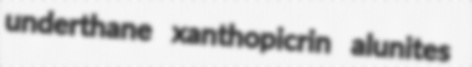
underthane xanthopicrin alunites